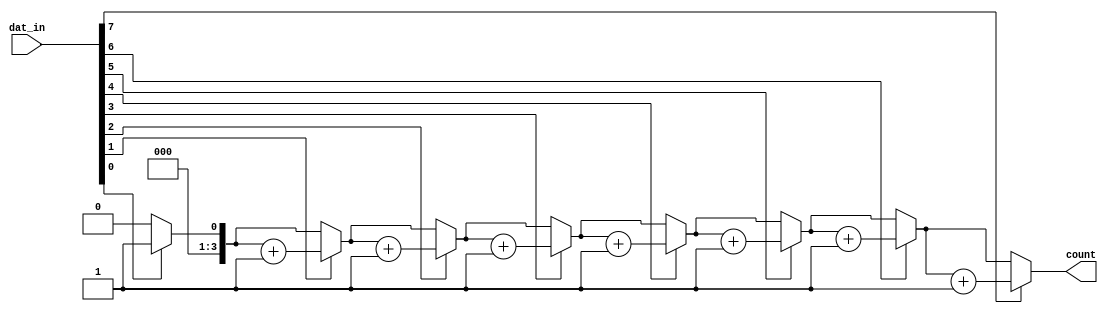
`timescale 10ns/1ns
module ones_count(count,dat_in);
  output [3:0]count;
  input [7:0]dat_in;
  reg [3:0]a;
  reg [3:0]b;
always@(dat_in) 
begin
  b=4'b0000;
  for(a=0;a<8;a=a+1)
  if(dat_in[a]) b=b+1'b1;
  end
  assign count=b;
endmodule